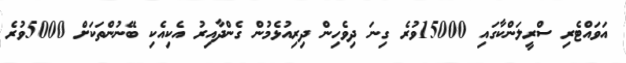
އަވައްޓެރި ސްރީލަންކާގައި 15000ވުރެ ގިނަ ދިވެހިން ދިރިއުޅެމުން ގެންދާއިރު އެކިއެކި ބޭނުންތަކަށް 5000ވުރެ